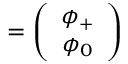
{ \bf \Phi } = \left( \begin{array} { c } { { \phi _ { + } } } \\ { { \phi _ { 0 } } } \end{array} \right)